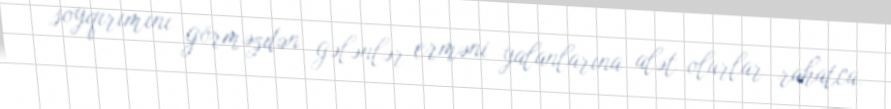
soyqırımını görməzdən gələnlər erməni yalanlarına alət olurlar rahatca.